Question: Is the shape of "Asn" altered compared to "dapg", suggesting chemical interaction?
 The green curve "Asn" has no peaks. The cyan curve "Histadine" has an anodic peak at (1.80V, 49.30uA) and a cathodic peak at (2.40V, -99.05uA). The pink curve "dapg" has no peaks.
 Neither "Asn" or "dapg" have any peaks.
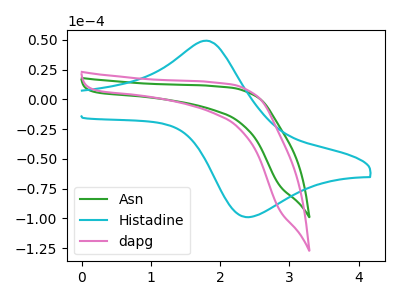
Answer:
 <answer>No, "Asn" and "dapg" don't appear to be significantly different in shape</answer>
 <eval>no_change</eval>